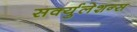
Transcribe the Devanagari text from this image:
सर्क्युलेशन्स